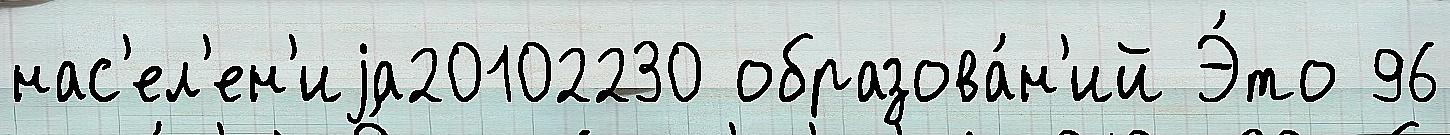
нас'ел'ен'иjа20102230 образова́н'ий Э́то 96